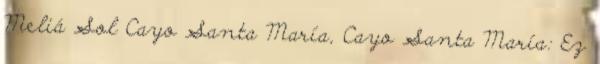
Meliá Sol Cayo Santa María, Cayo Santa María: Ez